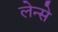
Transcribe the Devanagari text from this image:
लेन्से